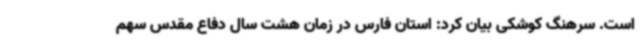
است. سرهنگ کوشکی بیان کرد: استان فارس در زمان هشت سال دفاع مقدس سهم